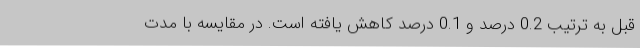
قبل به ترتیب 0.2 درصد و 0.1 درصد کاهش یافته است. در مقایسه با مدت